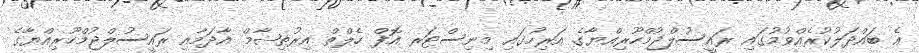
އެ ބައްދަލުކުރެއްވުމުގައި ރައީސުލްޖުމްހޫރިއްޔާގެ އަރިހުގައި މިނިސްޓަރ އޮފް ހެލްތް އިރުތިޝާމް އާދަމާއި ރައީސުލްޖުމްހޫރިއްޔާގެ